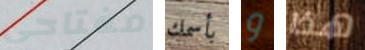
مفتاحي بأسمك و هذا